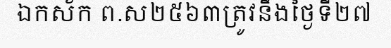
ឯកស័ក ព.ស២៥៦៣ត្រូវនឹងថ្ងៃទី២៧